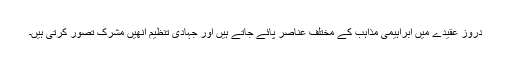
دروز عقیدے میں ابراہیمی مذاہب کے مختلف عناصر پائے جاتے ہیں اور جہادی تنظیم انھیں مشرک تصور کرتی ہیں۔